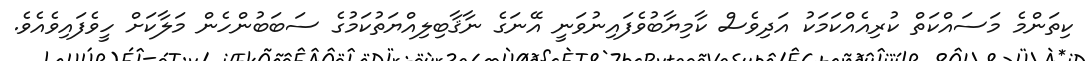
ކިތަންމެ މަސައްކަތް ކުރިއެއްކަމަކު އަދިވެސް ކާމިޔާބުވެފައިނުވަނީ އޭނަގެ ނާޤާބިލިއްޔަތުކަމުގެ ސަބަބުންހެން މަލާކަށް ހީވެފައިވެއެވެ.